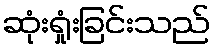
ဆုံးရှုံးခြင်းသည်